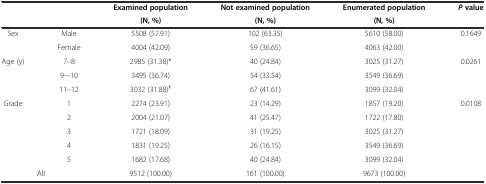
| <ROWSPAN=2>  | <ROWSPAN=2>  | Examined population | Not examined population | Enumerated population | <ROWSPAN=2> Pvalue |
 | (N, %) | (N, %) | (N, %) |
 | --- | --- | --- | --- | --- | --- |
 | <ROWSPAN=2> Sex | Male | 5508 (57.91) | 102 (63.35) | 5610 (58.00) | <ROWSPAN=2> 0.1649 |
 | Female | 4004 (42.09) | 59 (36.65) | 4063 (42.00) |
 | <ROWSPAN=3> Age (y) | 7–8 | 2985 (31.38)* | 40 (24.84) | 3025 (31.27) | <ROWSPAN=3> 0.0261 |
 | 9-–10 | 3495 (36.74) | 54 (33.54) | 3549 (36.69) |
 | 11–12 | 3032 (31.88)† | 67 (41.61) | 3099 (32.04) |
 | <ROWSPAN=5> Grade | 1 | 2274 (23.91) | 23 (14.29) | 1857 (19.20) | <ROWSPAN=5> 0.0108 |
 | 2 | 2004 (21.07) | 41 (25.47) | 1722 (17.80) |
 | 3 | 1721 (18.09) | 31 (19.25) | 3025 (31.27) |
 | 4 | 1831 (19.25) | 26 (16.15) | 3549 (36.69) |
 | 5 | 1682 (17.68) | 40 (24.84) | 3099 (32.04) |
 | <COLSPAN=2> All | 9512 (100.00) | 161 (100.00) | 9673 (100.00) |  |